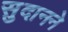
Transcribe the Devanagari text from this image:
सुदानने